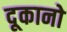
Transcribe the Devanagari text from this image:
दूकानो